Annual report of the Imperial Bacteriologist
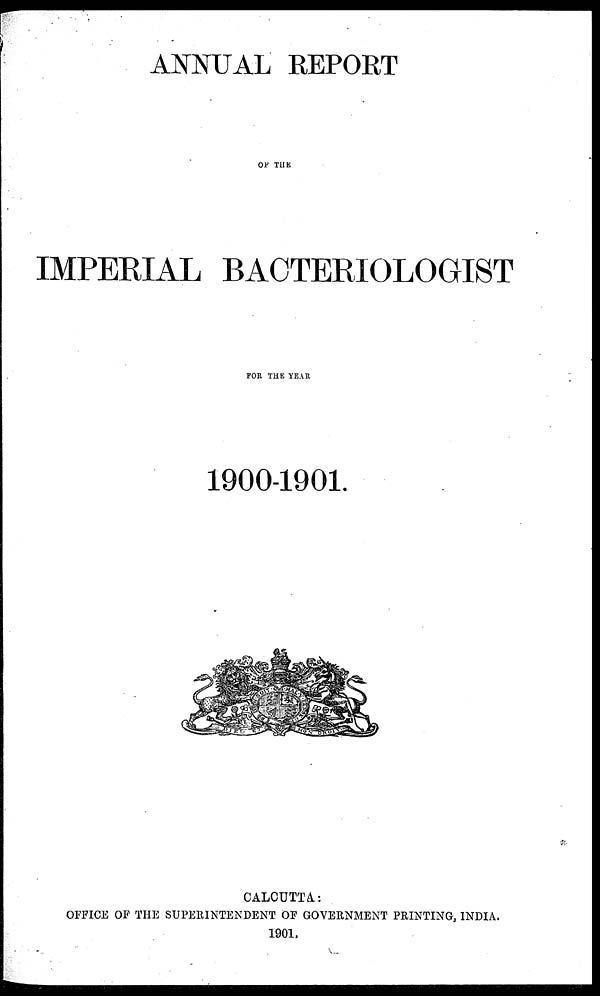
ANNUAL REPORT
OF THE
IMPERIAL BACTERIOLOGIST
FOR THE YEAR
1900-1901.
CALCUTTA :
OFFICE OF THE SUPERINTENDENT OF GOVERNMENT PRINTING, INDIA.
1901.